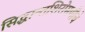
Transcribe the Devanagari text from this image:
सिद्धान्तशिरोमणीचे